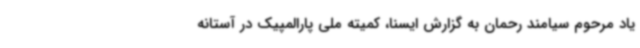
یاد مرحوم سیامند رحمان به گزارش ایسنا، کمیته ملی پارالمپیک در آستانه